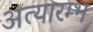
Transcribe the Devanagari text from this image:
अत्यारम्भ